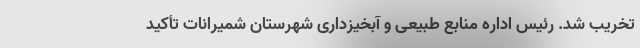
تخریب شد. رئیس اداره منابع طبیعی و آبخیزداری شهرستان شمیرانات تأکید